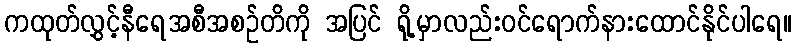
ကထုတ်လွှင့်နီရေအစီအစဉ်တိကို အပြင် ရို့မှာလည်းဝင်ရောက်နားထောင်နိုင်ပါရေ။